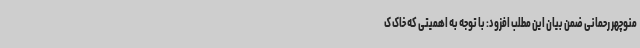
منوچهر رحمانی ضمن بیان این مطلب افزود: با توجه به اهمیتی که خاک ک